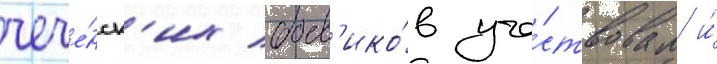
чече́нск'их боев'ико́в уча́ствовал и́